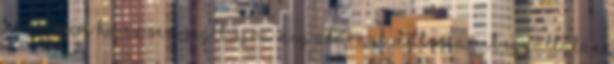
menseseim Ha ez sem segît,újra meg akarnak műteni,amit egyáltalán